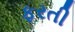
ફરતી